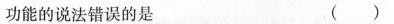
功能的说法错误的是 ( )